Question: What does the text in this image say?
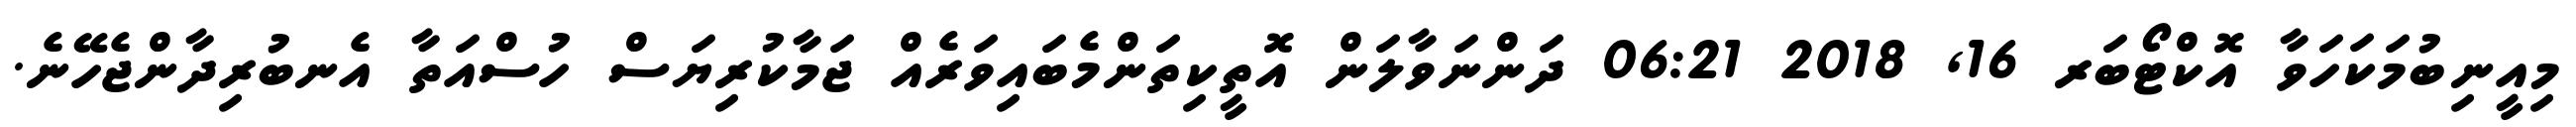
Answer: މިއީނިބުމަކަހަވާ އޮކްޓޯބަރ 16, 2018 06:21 ދަންނަވާލަން އޮތީކިތަންމެބައިވަރެއް ޖަމާކުރިޔަސް ހުސްއަތާ އެނބުރިދާންޖެހޭނެ.